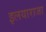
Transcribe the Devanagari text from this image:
इलयाराजा